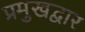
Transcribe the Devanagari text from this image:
प्रमुखद्वार